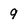
Character: 9